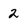
Character: 2